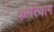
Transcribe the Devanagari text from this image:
कर्मत्याग